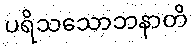
ပရိသသောဘနာတိ